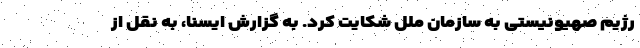
رژیم صهیونیستی به سازمان ملل شکایت کرد. به گزارش ایسنا، به نقل از